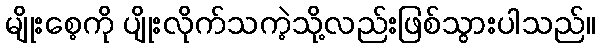
မျိုးစေ့ကို ပျိုးလိုက်သကဲ့သို့လည်းဖြစ်သွားပါသည်။